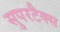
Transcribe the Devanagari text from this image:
सुपरटैक्स